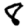
Digit: 8